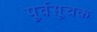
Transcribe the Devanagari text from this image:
पूर्वसूचक